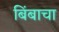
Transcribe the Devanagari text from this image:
बिंबाचा